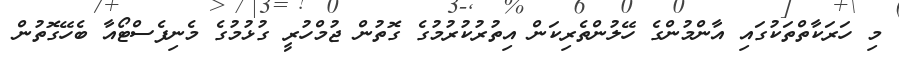
މި ހަރަކާތްތަކުގައި އާންމުންގެ ހޭލުންތެރިކަން އިތުރުކުރުމުގެ ގޮތުން ޖުމްހުރީ ގުޅުމުގެ މެނިފެސްޓޯއާ ބެހޭގޮތުން